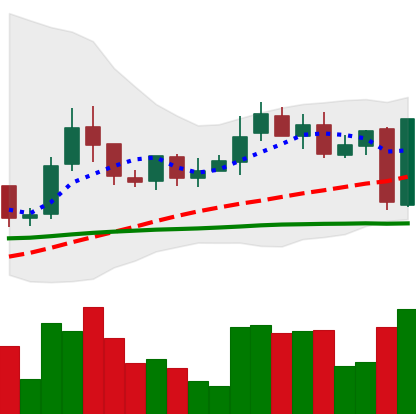
Ticker: LINK-USD
Chart end date: 2019-02-25
Forward return: -9.105%
Label: down_7plus